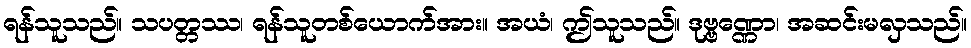
ရန်သူသည်။ သပတ္တဿ၊ ရန်သူတစ်ယောက်အား။ အယံ၊ ဤသူသည်။ ဒုဗ္ဗဏ္ဏော၊ အဆင်းမလှသည်။